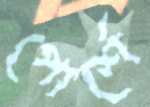
পোর্শে